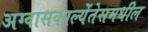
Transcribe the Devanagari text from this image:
अग्वासकाल्येंतेसमधील